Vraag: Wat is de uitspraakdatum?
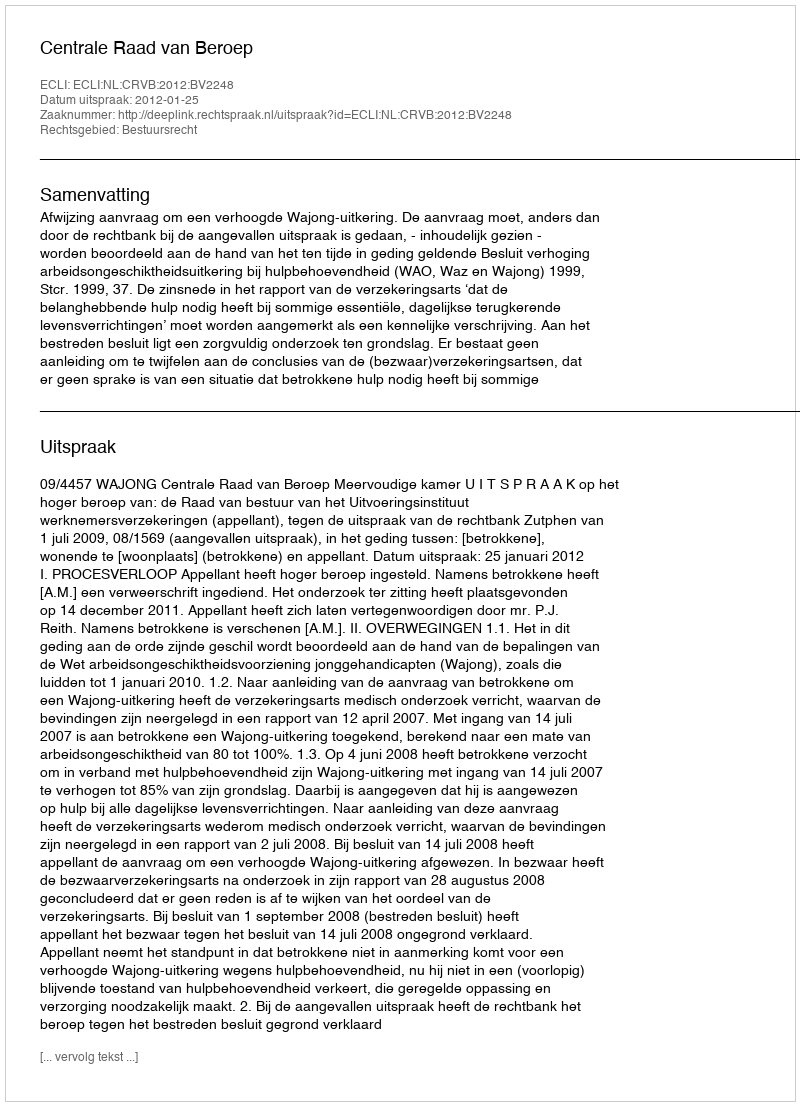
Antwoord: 2012-01-25